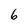
Character: 6